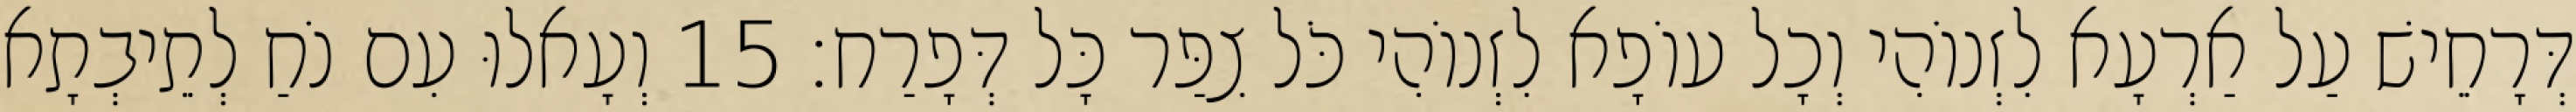
דְּרָחֵישׁ עַל אַרְעָא לִזְנוֹהִי וְכָל עוֹפָא לִזְנוֹהִי כֹּל צִפַּר כָּל דְּפָרַח׃ 15 וְעָאלוּ עִם נֹחַ לְתֵיבְתָא